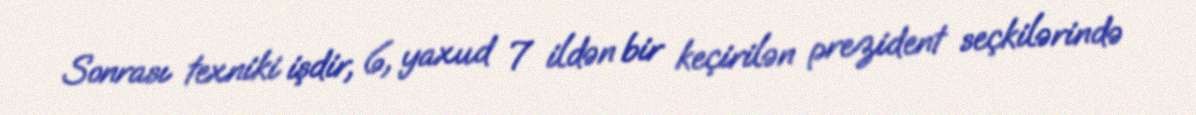
Sonrası texniki işdir, 6, yaxud 7 ildən bir keçirilən prezident seçkilərində